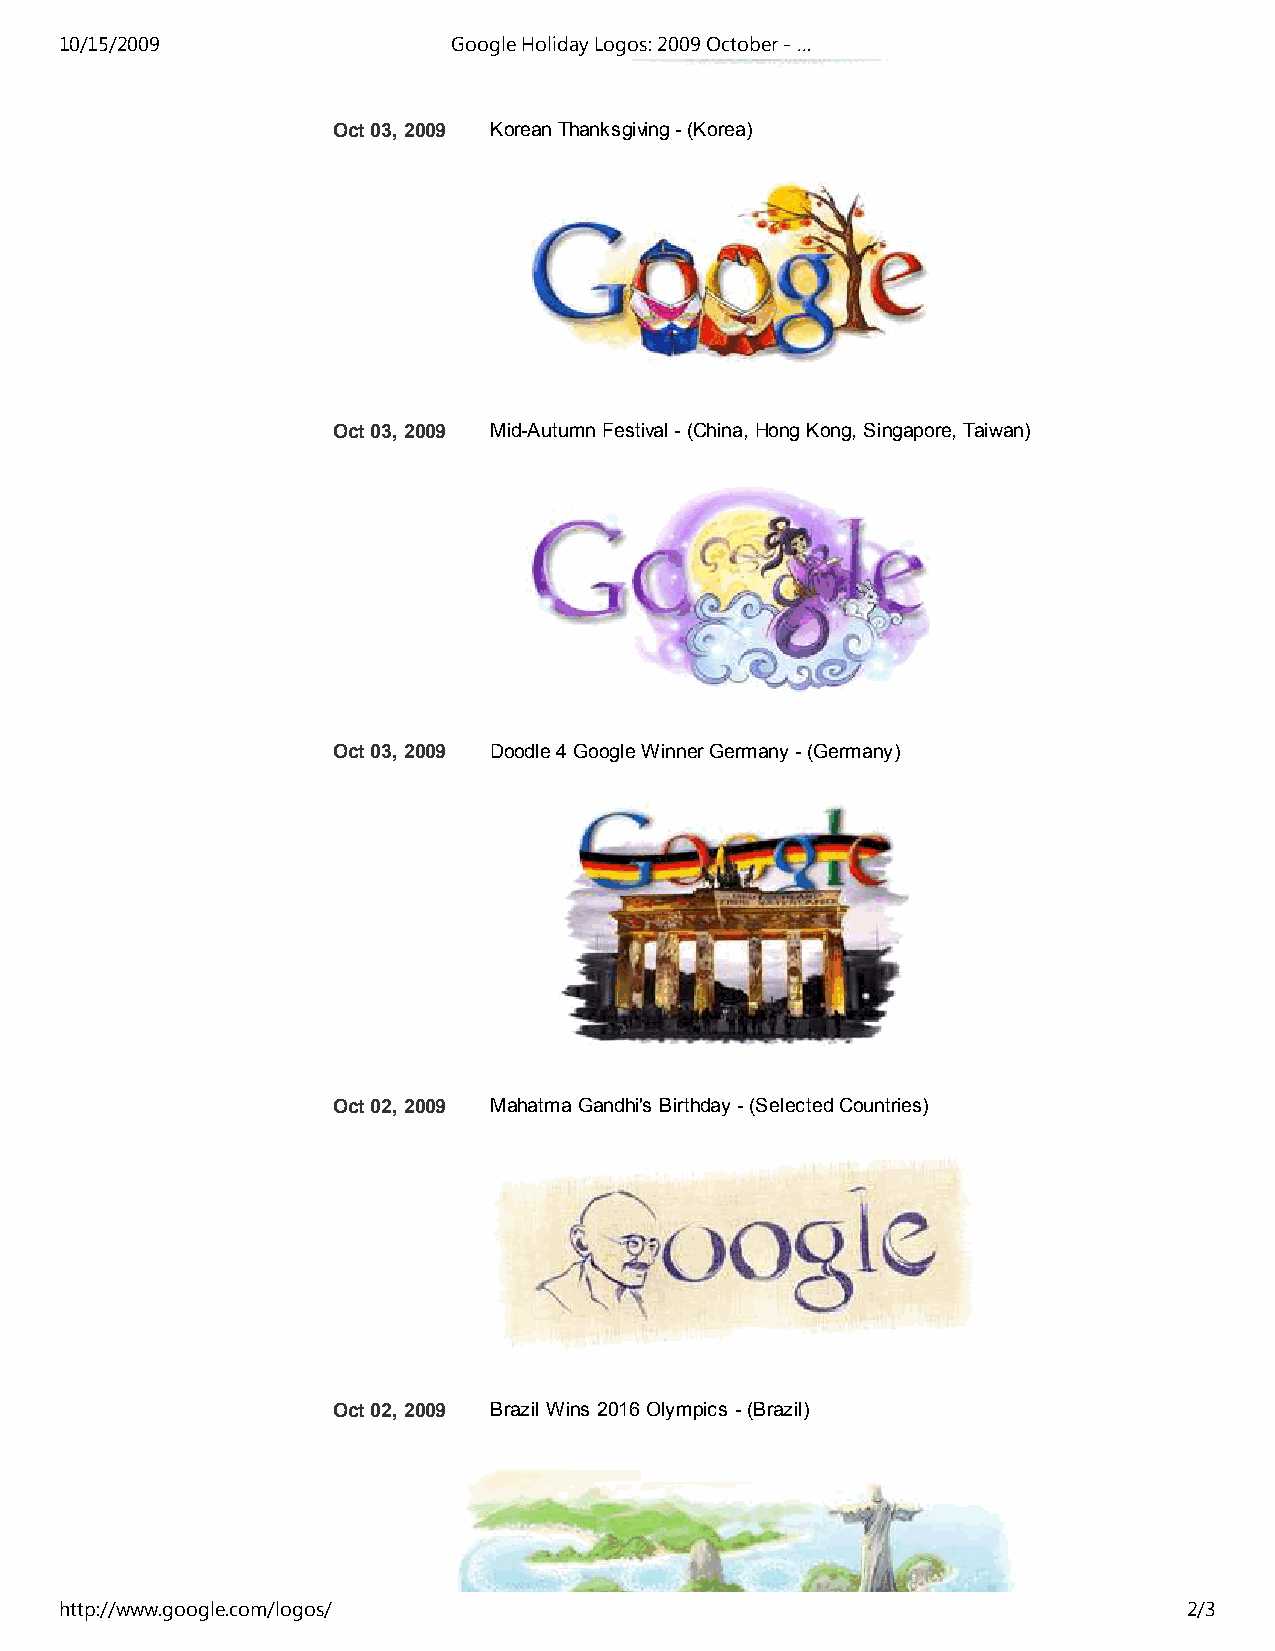
10/15/2009                Google Holiday Logos: 2009 October - …
 Oct 03, 2009 Korean Thanksgiving - (Korea)
 Oct 03, 2009 Mid-Autumn Festival - (China, Hong Kong, Singapore, Taiwan)
 Oct 03, 2009 Doodle 4 Google Winner Germany - (Germany)
 Oct 02, 2009 Mahatma Gandhi's Birthday - (Selected Countries)
 Oct 02, 2009 Brazil Wins 2016 Olympics - (Brazil)
 http://www.google.com/logos/                                               2/3